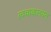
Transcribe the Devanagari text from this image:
त्वचाकलयन